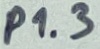
Text: P1.3